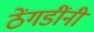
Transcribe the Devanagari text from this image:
ठेंगडींनी